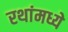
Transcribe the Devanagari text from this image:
रथांमध्ये